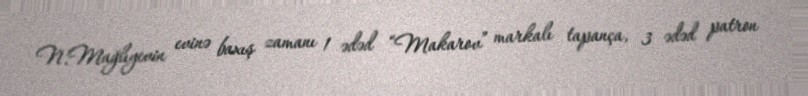
N.Mağlıyevin evinə baxış zamanı 1 ədəd “Makarov” markalı tapança, 3 ədəd patron